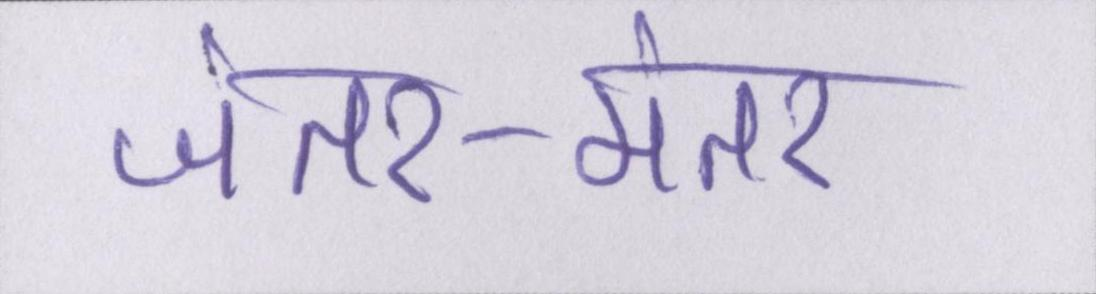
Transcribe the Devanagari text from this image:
जंतर-मंतर